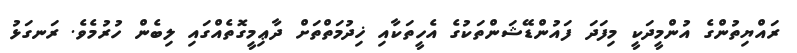
ރައްޔިތުންގެ އުންމީދަކީ މިފަދަ ފައުންޑޭޝަންތަކުގެ އެހީތަކާއި ޚިދުމަތްތަށް ދާޢިމީގޮތެއްގައި ލިބެން ހުރުމެވެ. ރަނގަޅު